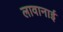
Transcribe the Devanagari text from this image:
लावानाई